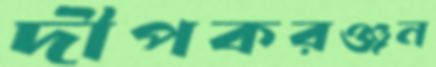
দীপকরঞ্জন